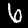
Label: 6